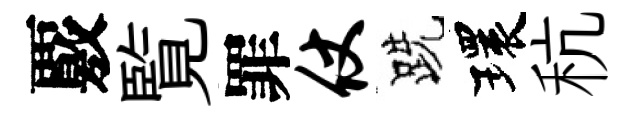
覈覧罪仗跣環秔